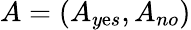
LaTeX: A=(A_{y\mathrm{e}s},A_{no})